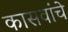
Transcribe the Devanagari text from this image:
कासवांचे